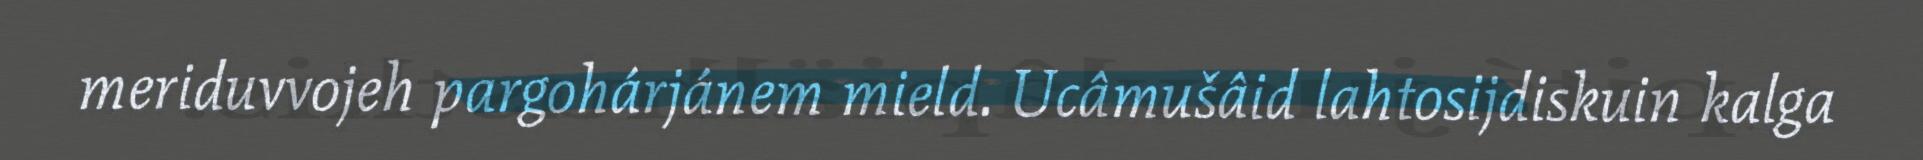
meriduvvojeh pargohárjánem mield. Ucâmušâid lahtosijdiskuin kalga